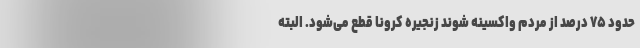
حدود ۷۵ درصد از مردم واکسینه شوند زنجیره‌ کرونا قطع می‌شود. البته